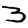
Digit: 3